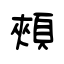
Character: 頰